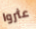
عثروا